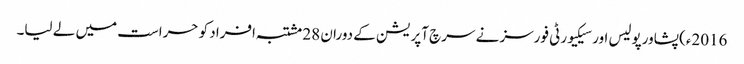
2016ء)پشاورپولیس اور سیکیورٹی فورسز نے سرچ آپریشن کے دوران 28 مشتبہ افراد کو حراست میں لے لیا۔